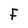
Character: f